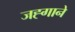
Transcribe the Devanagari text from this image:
जह्गाने